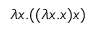
\lambda x . ( ( \lambda x . x ) x )